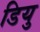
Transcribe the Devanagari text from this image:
डियु